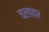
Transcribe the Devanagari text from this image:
चलावर